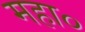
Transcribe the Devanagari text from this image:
महा०